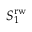
S _ { 1 } ^ { \mathrm { r w } }